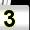
Digit: 3